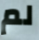
لم